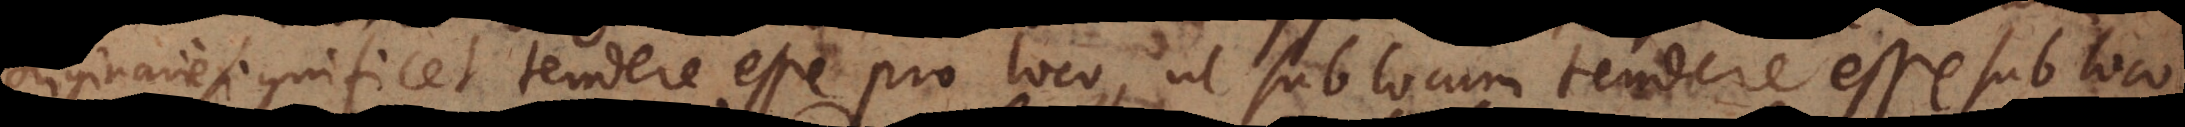
significet tendere esse pro loco, ut sub locum tendere esse sub loco.